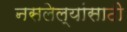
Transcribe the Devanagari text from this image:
नसलेल्यांसाठी